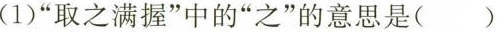
(1)”取之满握”中的”之”的意思是（）